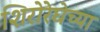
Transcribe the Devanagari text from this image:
शिरोरेघेच्या